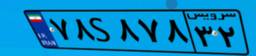
۷۸S۸۷۸۳۲